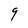
Character: 9